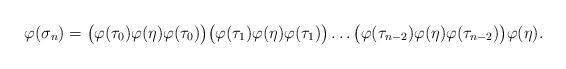
LaTeX: \begin{align*}\varphi(\sigma_n)=\big(\varphi(\tau_0)\varphi(\eta)\varphi(\tau_0)\big)\big(\varphi(\tau_1)\varphi(\eta)\varphi(\tau_1)\big)\ldots\big(\varphi(\tau_{n-2})\varphi(\eta)\varphi(\tau_{n-2})\big)\varphi(\eta).\end{align*}